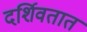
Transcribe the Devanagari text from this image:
दर्शिवतात